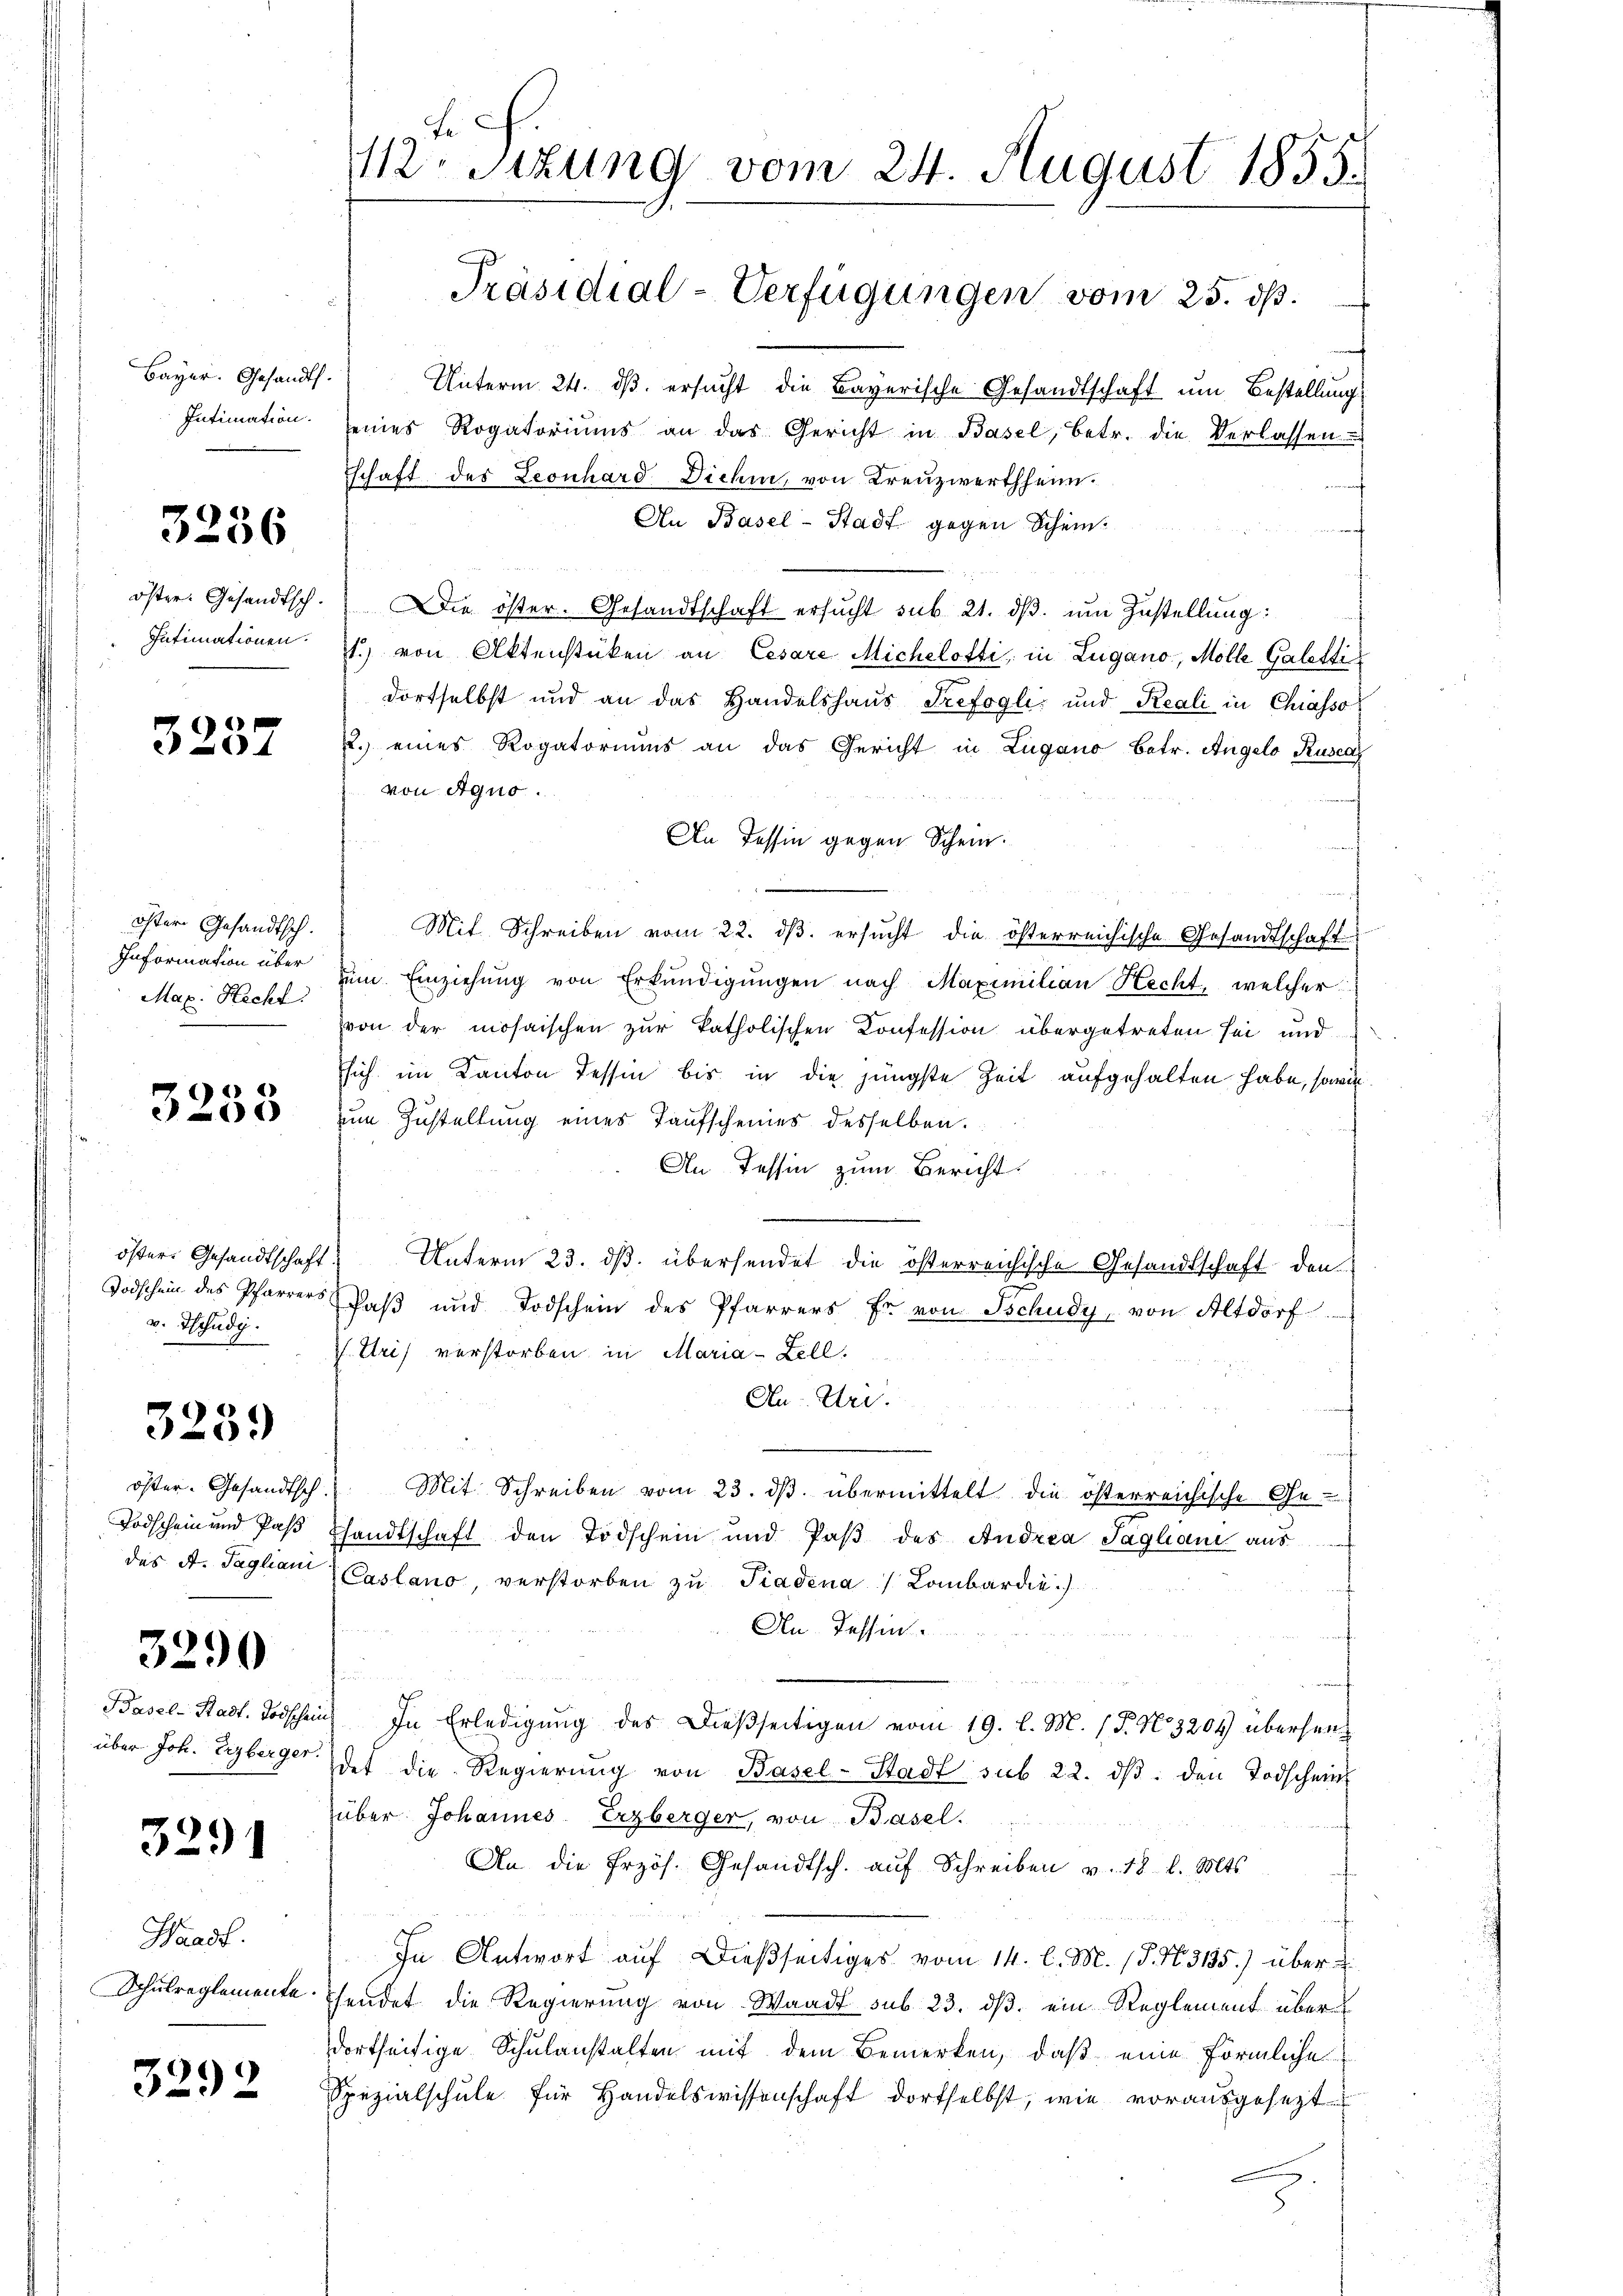
Bayer. Gesandts.
Intimation.

3256

öster. Gesandtsch.
Intimationen.

3237

öster Gesandtsch.
Information über
Max. Hecht

) 4)

v. Tschudi.

3259

öster. Gesandtsch.
Todschein und Pass
das A. Tagliani

3290

Basel-Stadt. Todschein
über Joh. Erzberger.

3291

Waadt.
Schulreglemente

3292

112. Sitzung vom 24. August 1855.

Präsidial-Verfügungen vom 25. dß.

Unterm 24. dβ ersucht die Bayerische Gesandtschaft um Bestellung
seines Rogatoriŭms an das Gericht in Basel, betr. die Verlassen
schaft des Leonhard Dichi, von Kreuzwertheim.
f
An Basel-Stadt gegen Schein.
Die öster. Gesandtschaft ersucht sub 21. dβ. um Zustellung:
t.) von Aktenstüken an Cesare Michelotti, in Lugano, Mölle Galetti
dortselbst und an das Handelshaus Trefoglić und Reali in Chiasso
.) eines Rogatoriums an das Gericht in Lugano betr. Angelo Rusca
von Agno.
An Tessin gegen Schein.
Mit Schreiben vom 22. dβ. ersŭcht die österreichische Gesandtschaft
um Einziehung von Erkundigungen nach Maximilian Hecht, welcher
von der mosaischen zur katholischen Konfession übergetreten sei und
sich im Kanton Tessin bis in die jüngste Zeit aufgehalten habe, sowie
um Zustellung eines Taufscheines desselben.
An Tessin zum Bericht
östere Gesandtschaft Unterm 23. ds. übersendet die österreichische Gesandtschaft den
Todschein des Pfarrers Paβ und Todschein des Pfarrers Er von Tschudy, von Altdorf
. Uri verstorben in Maria - Zell.
Au Uri.
Mit Schreiben vom 23. ds. übermittelt die österreichische Ge-
Thandtschaft den Todschein und Paβ des Andrea Jaglanz aus
Caslano, verstorben zu Tiadena Lombardie
An Tessin.
 In Erledigung des Dießseitigen vom 19. l. M. (T. No 3204) überhand
det die Regierŭng von Basel-Stadt sub 22. dβ. den Todschein
über Johannes Erzberger, von Basel.
An die Erzös. Gesandtsch. auf Schreiben v. 18. d. Mts.
In Antwort auf dießseitiges vom 14. l. M. (T. N. 3135.) über
sendet die Regierung von Waadt sub 23. dβ ein Reglement über
dortseitige Schulanstalten mit dem Bemerken, daß eine förmliche
Spezialschule für Handelswissenschaft dortselbst, wie vorausgesezt